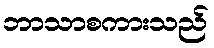
ဘာသာစကားသည်